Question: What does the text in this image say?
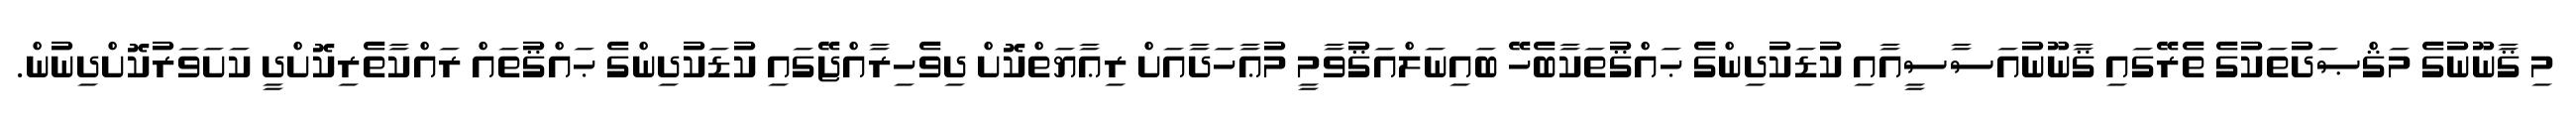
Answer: މި ޤާނޫނުގެ މަޤްޞަދުތަކުގެ ތެރޭގައި ޤާނޫނުއަސާސީއާއި ކުޑަކުދިންގެ ޙައްޤުތަކާބެހޭ ބައިނަލްއަޤުވާމީ މުޢާހަދާއަށް ރިޢާޔަތްކޮށް ދިވެހިރާއްޖޭގައި ކުޑަކުދިންގެ ޙައްޤުތައް ރައްކާތެރިކޮށްދީ ކަށަވަރުކޮށްދިނުން.